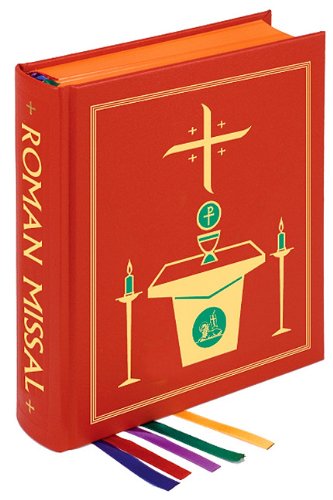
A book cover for The Roman Missal, 3rd Chapel Edition; Christian Books & Bibles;